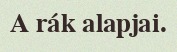
A rák alapjai.